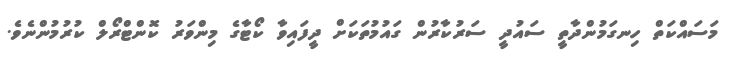
މަސައްކަތް ހިނގަމުންދާތީ ސައުދީ ސަރުކާރުން ގައުމުތަކަށް ދީފައިވާ ކޯޓާގެ މިންވަރު ކޮންޓްރޯލް ކުރުމުންނެވެ.